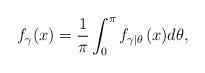
LaTeX: \begin{align*}f_\gamma(x)=\frac{1}{\pi}\int_{0}^{\pi}{{f}_{\gamma \left| \theta \right.}}(x)d\theta, \end{align*}